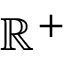
\mathbb { R } ^ { + }